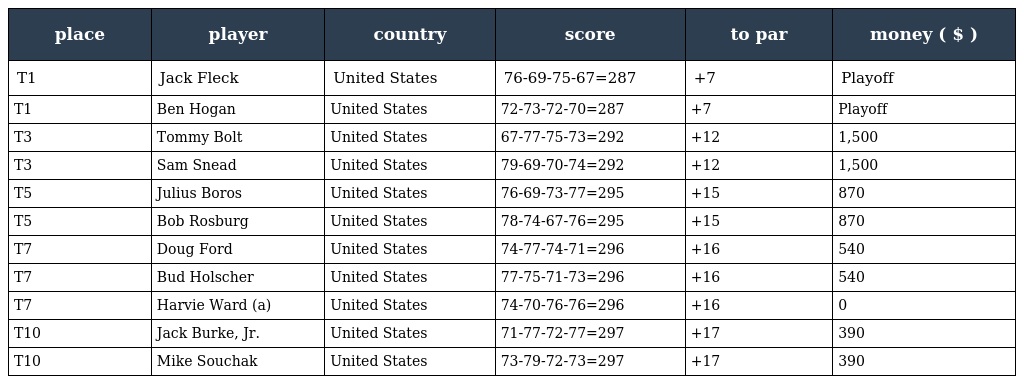
| place | player | country | score | to par | money ( $ ) |
 | --- | --- | --- | --- | --- | --- |
 | T1 | Jack Fleck | United States | 76-69-75-67=287 | +7 | Playoff |
 | T1 | Ben Hogan | United States | 72-73-72-70=287 | +7 | Playoff |
 | T3 | Tommy Bolt | United States | 67-77-75-73=292 | +12 | 1,500 |
 | T3 | Sam Snead | United States | 79-69-70-74=292 | +12 | 1,500 |
 | T5 | Julius Boros | United States | 76-69-73-77=295 | +15 | 870 |
 | T5 | Bob Rosburg | United States | 78-74-67-76=295 | +15 | 870 |
 | T7 | Doug Ford | United States | 74-77-74-71=296 | +16 | 540 |
 | T7 | Bud Holscher | United States | 77-75-71-73=296 | +16 | 540 |
 | T7 | Harvie Ward (a) | United States | 74-70-76-76=296 | +16 | 0 |
 | T10 | Jack Burke, Jr. | United States | 71-77-72-77=297 | +17 | 390 |
 | T10 | Mike Souchak | United States | 73-79-72-73=297 | +17 | 390 |